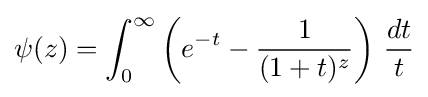
\psi (z)=\int _{0}^{\infty }\left(e^{-t}-{\frac {1}{(1+t)^{z}}}\right)\,{\frac {dt}{t}}